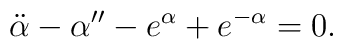
\ddot{\alpha}-\alpha''-e^\alpha+e^{-\alpha}=0.